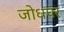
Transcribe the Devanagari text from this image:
जोधपर